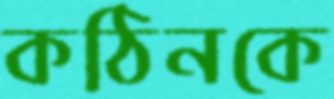
কঠিনকে